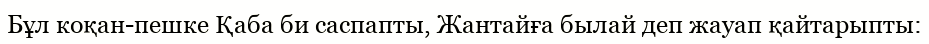
Бұл коқан-пешке Қаба би саспапты, Жантайға былай деп жауап қайтарыпты: